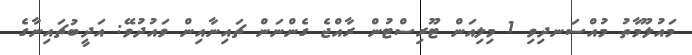
މައުލޫމާތު މުއްސަނދިވި 1 މިލިއަން ޓޫރިސްޓުން ރާއްޖެ ގެންނަން ޗައިނާއިން ވައުދުވޭ: އަދީބުޗައިނާގެ